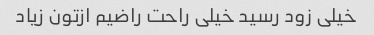
خیلی زود رسید خیلی راحت راضیم ازتون زیاد